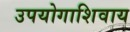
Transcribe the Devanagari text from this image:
उपयोगाशिवाय